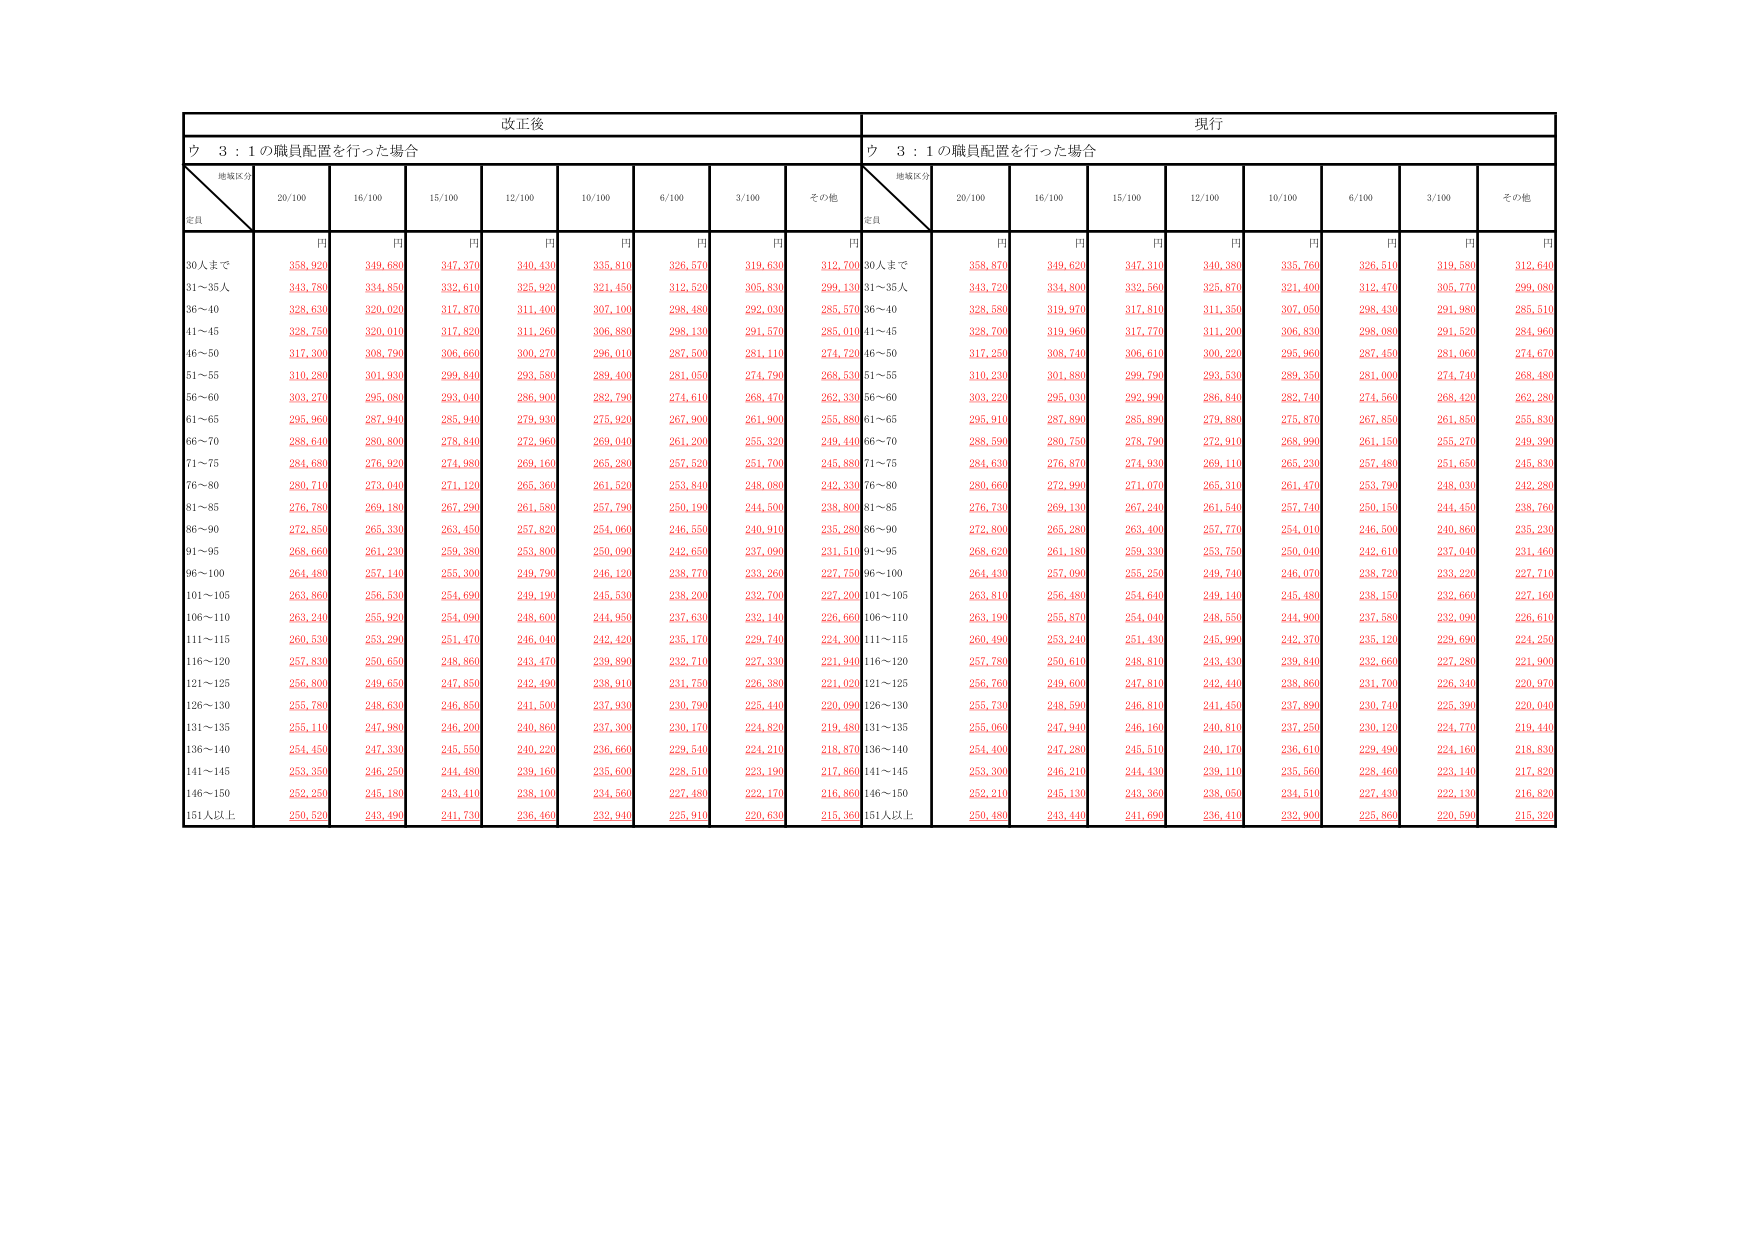
改正後
現行
ウ 3：1の職員配置を行った場合
ウ 3：1の職員配置を行った場合
地域区分
定員
20/100
16/100
15/100
12/100
10/100
6/100
3/100
その他
地域区分
定員
20/100
16/100
15/100
12/100
10/100
6/100
3/100
その他
円
円
円
円
円
円
円
円
円
円
円
円
円
円
円
円
円
円
30人まで
355,920
349,680
347,370
340,430
335,810
326,570
319,630
312,700
30人まで
358,870
349,620
347,310
340,380
335,760
326,510
319,580
312,640
31～35人
343,780
334,850
332,610
325,920
321,450
312,520
305,830
299,130
31～35人
343,720
334,800
332,560
325,870
321,400
312,470
305,770
299,080
36～40
328,630
320,020
317,870
311,400
307,100
298,480
292,030
285,570
36～40
328,580
319,970
317,810
311,350
307,050
298,430
291,980
285,510
41～45
328,750
320,010
317,820
311,260
306,880
298,130
291,570
285,010
41～45
328,700
319,960
317,770
311,200
306,830
298,080
291,520
284,960
46～50
317,300
308,790
306,660
300,270
296,010
287,500
281,110
274,720
46～50
317,250
308,740
306,610
300,220
295,960
287,450
281,060
274,670
51～55
310,280
301,930
299,840
293,580
289,400
281,050
274,790
268,530
51～55
310,230
301,880
299,790
293,530
289,350
281,000
274,740
268,480
56～60
303,270
295,080
293,040
286,900
282,790
274,610
268,470
262,330
56～60
303,220
295,030
292,990
286,840
282,740
274,560
268,420
262,280
61～65
295,960
287,940
285,940
279,930
275,920
267,900
261,900
255,880
61～65
295,910
287,890
285,890
279,880
275,870
267,850
261,850
255,830
66～70
288,640
280,800
278,840
272,960
269,040
261,200
255,320
249,440
66～70
288,590
280,750
278,790
272,910
268,990
261,150
255,270
249,390
71～75
281,680
276,920
274,980
269,160
265,280
257,520
251,700
245,880
71～75
284,630
276,870
274,930
269,110
265,230
257,480
251,650
245,830
76～80
280,710
273,040
271,120
265,360
261,520
253,840
248,080
242,330
76～80
280,660
272,990
271,070
265,310
261,470
253,790
248,030
242,280
81～85
276,780
269,180
267,290
261,580
257,790
250,190
244,500
238,800
81～85
276,730
269,130
267,240
261,540
257,740
250,150
244,450
238,760
86～90
272,850
265,330
263,450
257,820
254,060
246,550
240,910
235,280
86～90
272,800
265,280
263,400
257,770
254,010
246,500
240,860
235,230
91～95
268,660
261,230
259,380
253,800
250,090
242,650
237,090
231,510
91～95
268,620
261,180
259,330
253,750
250,040
242,610
237,040
231,460
96～100
264,480
257,140
255,300
249,790
246,120
238,770
233,260
227,750
96～100
264,430
257,090
255,250
249,740
246,070
238,720
233,220
227,710
101～105
263,860
256,530
254,690
249,190
245,530
238,200
232,700
227,200
101～105
263,810
256,480
254,640
249,140
245,480
238,150
232,660
227,160
106～110
263,240
255,920
254,090
248,600
244,950
237,630
232,140
226,660
106～110
263,190
255,870
254,040
248,550
244,900
237,580
232,090
226,610
111～115
260,530
253,290
251,470
246,040
242,420
235,170
229,740
224,300
111～115
260,490
253,240
251,430
245,990
242,370
235,120
229,690
224,250
116～120
257,830
250,650
248,860
243,470
239,890
232,710
227,330
221,940
116～120
257,780
250,610
248,810
243,430
239,840
232,660
227,280
221,900
121～125
256,800
249,650
247,850
242,490
238,910
231,750
226,380
221,020
121～125
256,760
249,600
247,810
242,440
238,860
231,700
226,340
220,970
126～130
255,780
248,630
246,850
241,500
237,930
230,790
225,440
220,090
126～130
255,730
248,590
246,810
241,450
237,890
230,740
225,390
220,040
131～135
255,110
247,980
246,200
240,860
237,300
230,170
224,820
219,480
131～135
255,060
247,940
246,160
240,810
237,250
230,120
224,770
219,440
136～140
254,450
247,330
245,550
240,220
236,660
229,540
224,210
218,870
136～140
254,400
247,280
245,510
240,170
236,610
229,490
224,160
218,830
141～145
253,350
246,250
244,480
239,160
235,600
228,510
223,190
217,860
141～145
253,300
246,210
244,430
239,110
235,560
228,460
223,140
217,820
146～150
252,250
245,180
243,410
238,100
234,560
227,480
222,170
216,860
146～150
252,210
245,130
243,360
238,050
234,510
227,430
222,130
216,820
151人以上
250,520
243,490
241,730
236,460
232,940
225,910
220,630
215,360
151人以上
250,480
243,440
241,690
236,410
232,900
225,860
220,590
215,320